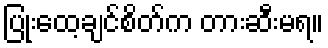
ပြုံးထေ့ချင်စိတ်က တားဆီးမရ။